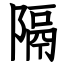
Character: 隔